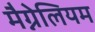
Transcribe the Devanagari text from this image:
मैग्नेलियम